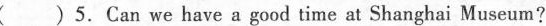
(） 5.Can we have a good time at Shanghai Museum?